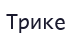
Трике